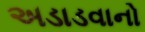
અડાડવાનો